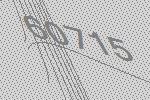
60715